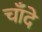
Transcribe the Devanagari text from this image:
चाँदे